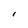
Character: l